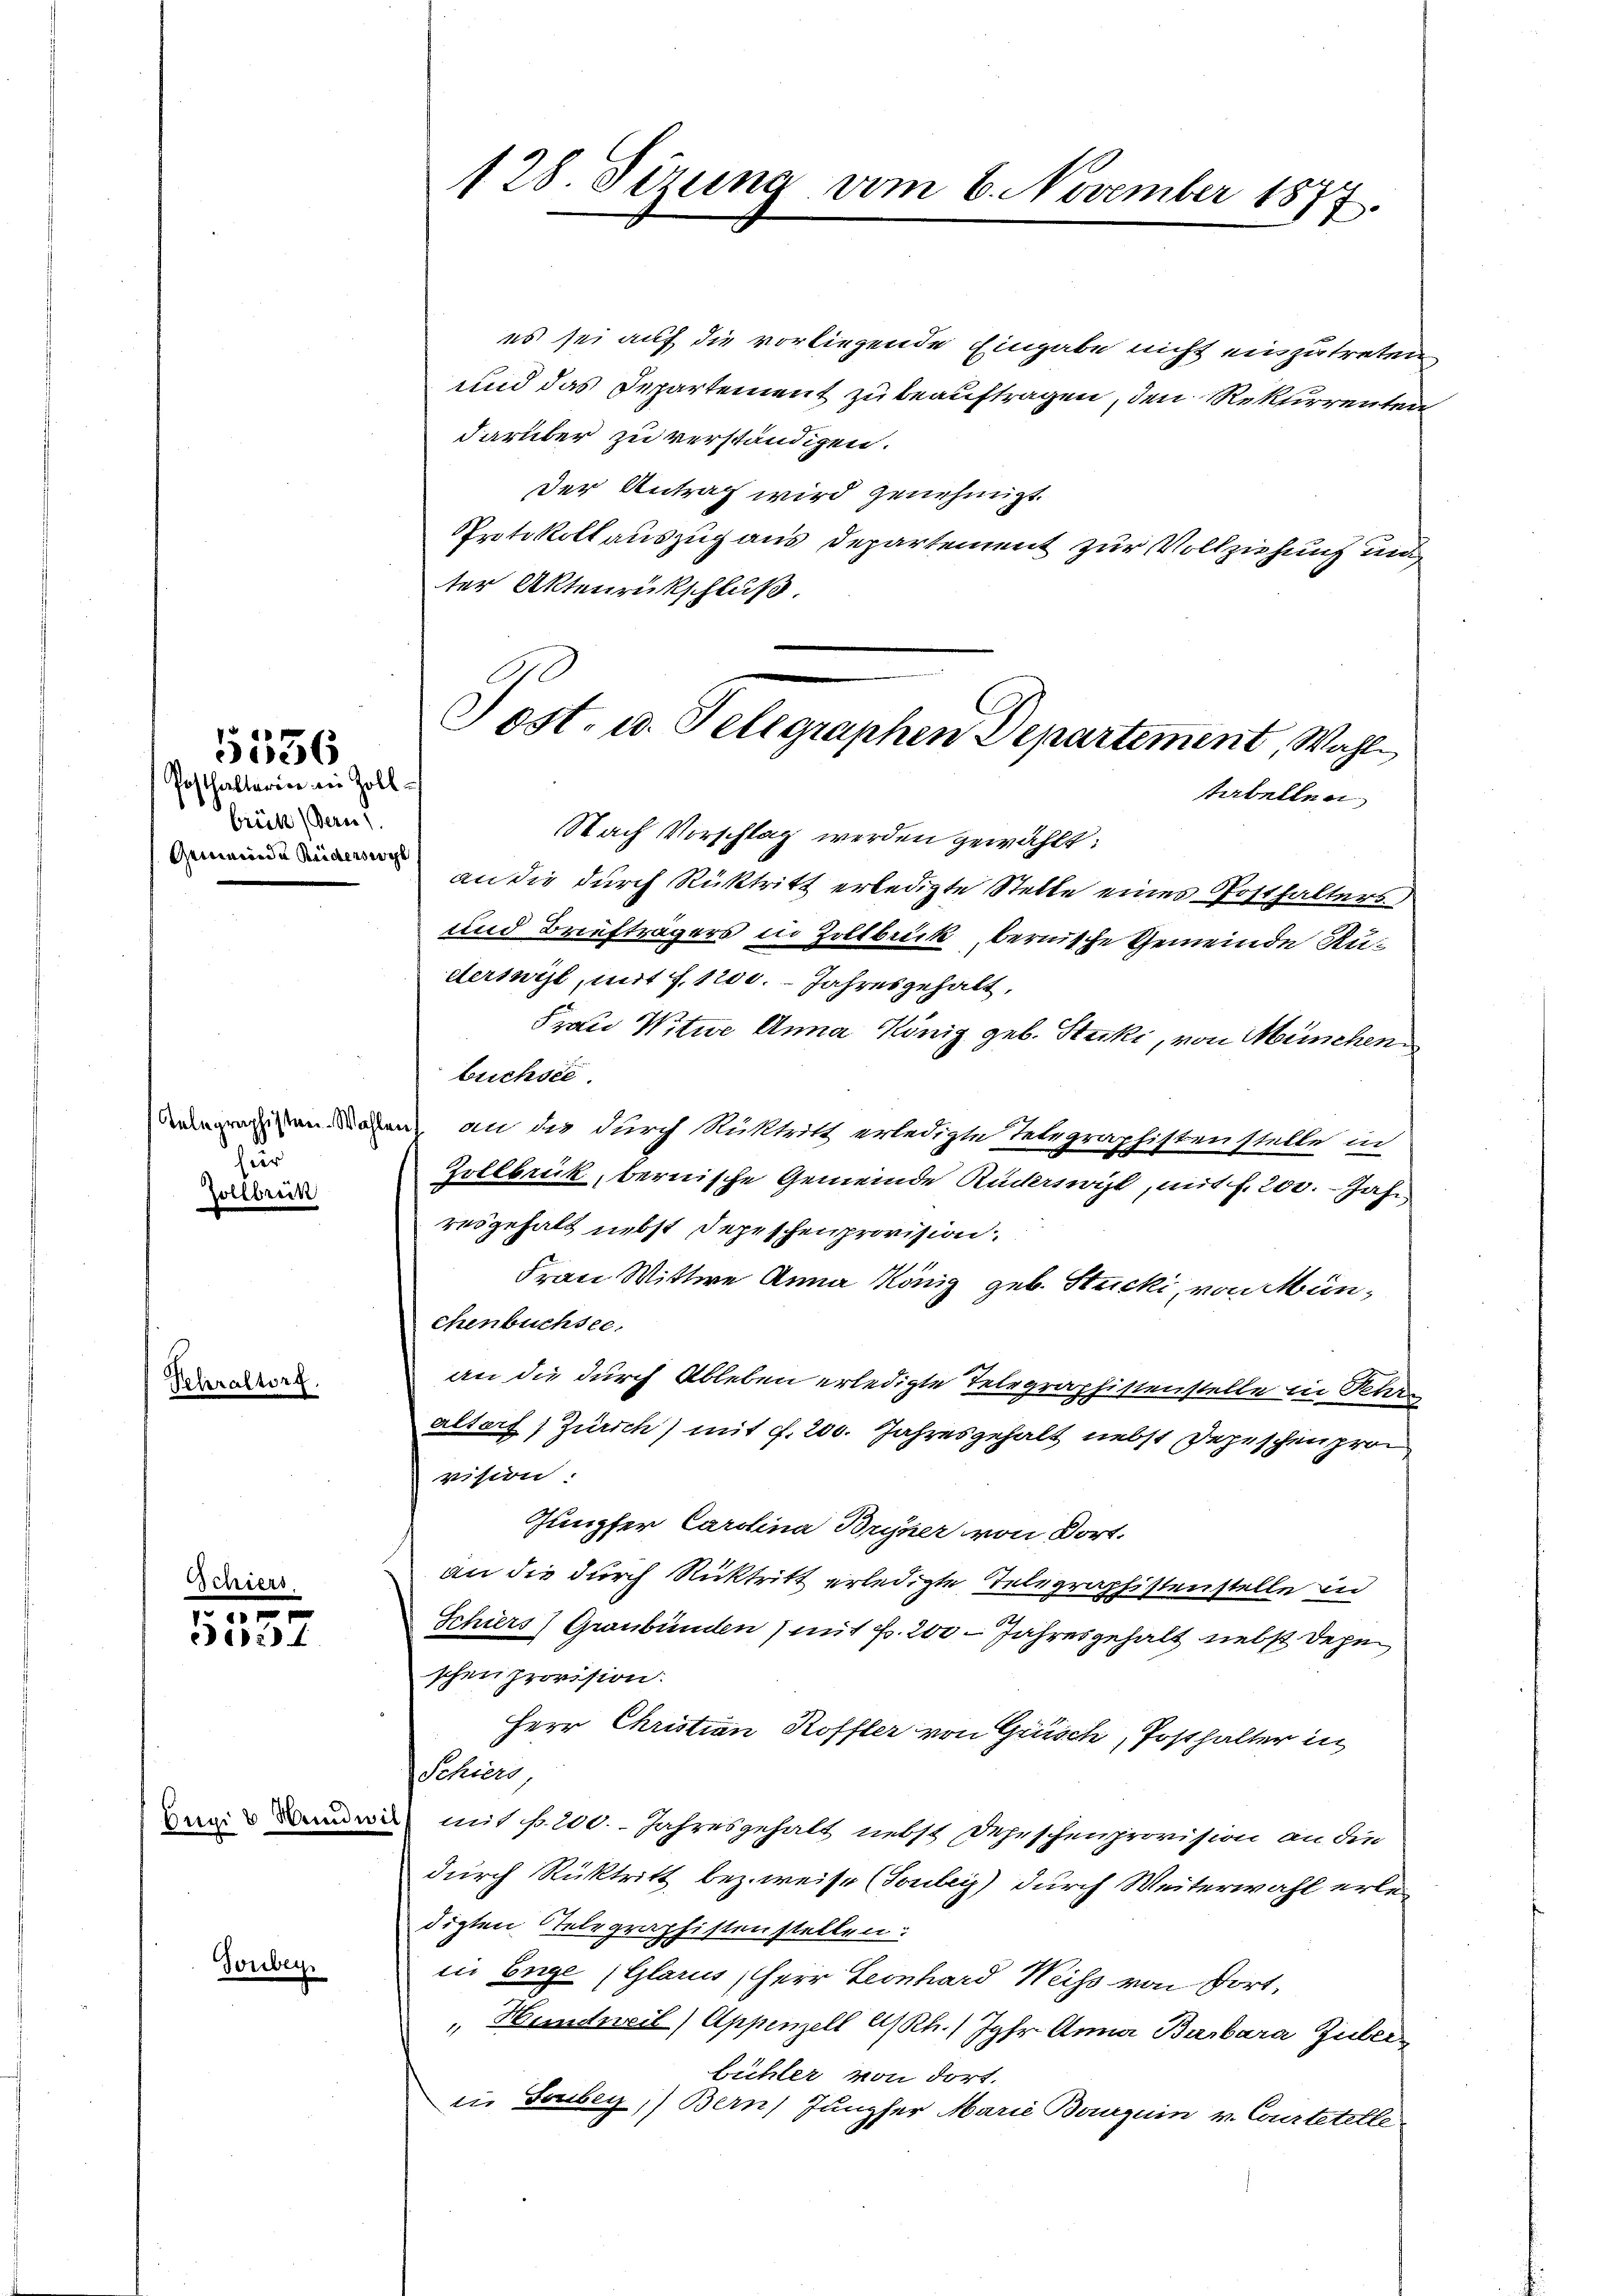
brück (Dern?

hier
Gollbrück

Peliraltorf.

1556
Posthalteren in Zoll¬

Schier
24

Tonber

es sei auf die vorliegende Eingabe nicht einzutreten,
und das Departement zu beauftragen, den Rekurrenten
darüber zu verständigen.
der Antrag wird genehmigt.
Protokoll auszug aus Departement zur Vollziehung und
ter Aktenrückschluß.
Nach Vorschlag werden gewählt:
 an die durch Rücktritt erledigte Stelle eines Posthalters
und Briefträgers in Zollbrück, bernische Gemeinde Ruderswil, mit f. 1200. Jahresgehalt,
Frau Witwe Anna König geb. Stucki, von München
brichsee
ewesen diesen an die durch Rüktritt erledigte Telegraphistenstelle in
Zollbrück, bernische Gemeinde Ruderswohl, mit f. 200. Jahr
resgehalt nebst Depeschenprovision.
Frau Wittwe Anna König geb. Stucki, von Münchenbüchsee.
an die durch Ableben erledigte Telegraphistenstelle in Rehr
altert Zürich) mit f. 200. Jahresgehalt nebst Depeschen pro
vision:
Jungfer Carolina Bryner von Dort.
an die durch Rücktritt erledigte Telegraphistenstelle in
Schiers) Graubünden mit Fr. 200 - Jahresgehalt nebst Depu
schen Provision.
Herr Christian Koffler von Grisch, Posthalter in
cation
 mit s. 200. Jahresgehalt nebst Depeschenprovision an die
durch Rücktritt bezweise (Touler) durch Weiterwahl erle
digten Telegraphistenstellen:
in Enge (Glarus, Herr Leonhard Weiss von dort¬
 Hundweil) Appenzell A/Rh.) Jgfr. Anna Barbara Guberbühler von dort.
iin Soubey) Bern) Jungfer Marie Bauguin v. Courtetelle

128. Sizung vom 6. November 1877.

Sost. u. Telegraphen Departement, Wahl
tabellen